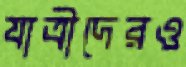
যাত্রীদেরও